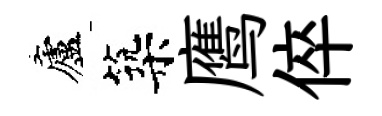
廬築鹰倅